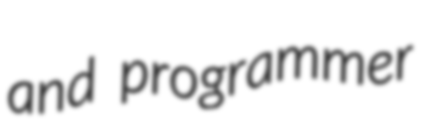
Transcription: and programmer